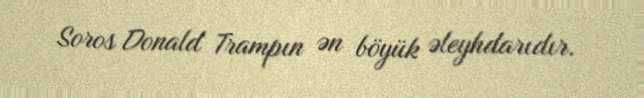
Soros Donald Trampın ən böyük əleyhdarıdır.